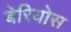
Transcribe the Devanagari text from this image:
बेरियोस